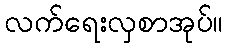
လက်ရေးလှစာအုပ်။